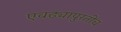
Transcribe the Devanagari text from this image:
एवढ्यापुरतीच